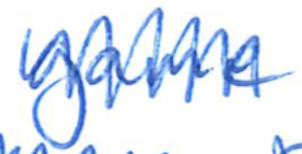
Text: game
Cross-out: zig-zag
Writing tool: ballpoint